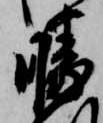
勝